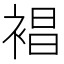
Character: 裮